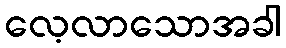
လေ့လာသောအခါ